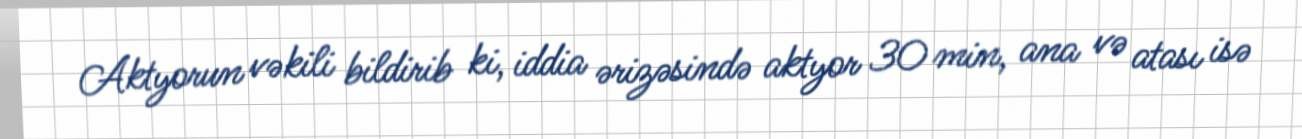
Aktyorun vəkili bildirib ki, iddia ərizəsində aktyor 30 min, ana və atası isə